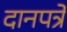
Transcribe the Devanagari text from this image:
दानपत्रे